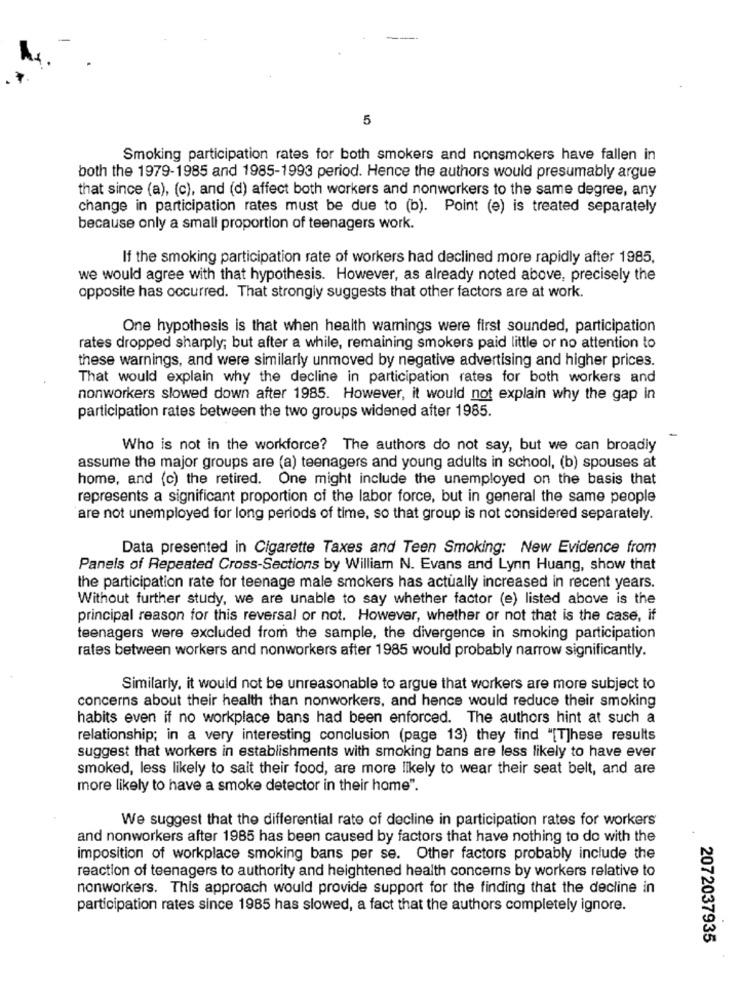
5
Smoking participation rates for both smokers and nonsmokers have fallen in
both the 1979-1985 and 1985-1993 period. Hence the authors would presumably argue
that since (a), (c), and (d) affect both workers and nonworkers to the same degree, any
change in participation rates must be due to (b). Point (e) is treated separately
because only a small proportion of teenagers work.
If the smoking participation rate of workers had declined more rapidly after 1985,
we would agree with that hypothesis. However, as already noted above, precisely the
opposite has occurred. That strongly suggests that other factors are at work.
One hypothesis is that when health warnings were first sounded, participation
rates dropped sharply; but after a while, remaining smokers paid little or no attention to
these warnings, and were similarly unmoved by negative advertising and higher prices.
That would explain why the decline in participation rates for both workers and
nonworkers slowed down after 1985. However, it would not explain why the gap in
participation rates between the two groups widened after 1985.
-
Who is not in the workforce? The authors do not say, but we can broadly
assume the major groups are (a) teenagers and young adults in school, (b) spouses at
home, and (c) the retired. One might include the unemployed on the basis that
represents a significant proportion of the labor force, but in general the same people
are not unemployed for long periods of time, so that group is not considered separately.
Data presented in Cigarette Taxes and Teen Smoking: New Evidence from
Panels of Repeated Cross-Sections by William N. Evans and Lynn Huang, show that
the participation rate for teenage male smokers has actually increased in recent years.
Without further study, we are unable to say whether factor (e) listed above is the
principal reason for this reversal or not. However, whether or not that is the case, if
teenagers were excluded from the sample, the divergence in smoking participation
rates between workers and nonworkers after 1985 would probably narrow significantly.
Similarly, it would not be unreasonable to argue that workers are more subject to
concerns about their health than nonworkers, and hence would reduce their smoking
habits even if no workplace bans had been enforced. The authors hint at such a
relationship; in a very interesting conclusion (page 13) they find "[T]hese results
suggest that workers in establishments with smoking bans are less likely to have ever
smoked, less likely to sait their food, are more likely to wear their seat belt, and are
more likely to have a smoke detector in their home".
We suggest that the differential rate of decline in participation rates for workers
and nonworkers after 1985 has been caused by factors that have nothing to do with the
imposition of workplace smoking bans per se. Other factors probably include the
reaction of teenagers to authority and heightened health concerns by workers relative to
nonworkers. This approach would provide support for the finding that the decline in
participation rates since 1985 has slowed, a fact that the authors completely ignore.
2072037935